Indian journal of veterinary science and animal husbandry - Volume 5,
Year: 1935
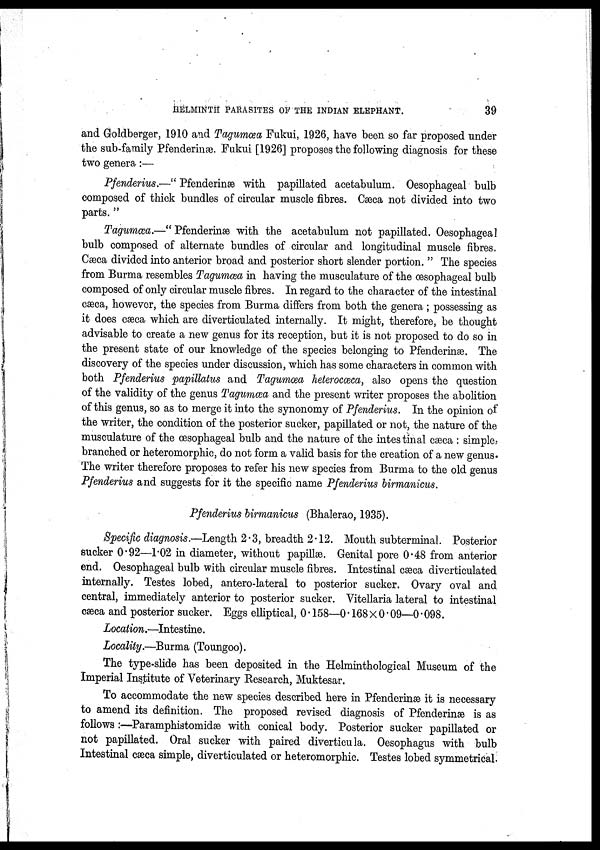
HELMINTH PARASITES OF THE INDIAN ELEPHANT.
39
and Goldberger, 1910 and Tagumœa Fukui, 1926, have been so far proposed under
the sub-family Pfenderinæ. Fukui [1926] proposes the following diagnosis for these
two genera:—
Pfenderius.—" Pfenderinæ with papillated acetabulum. Oesophageal bulb
composed of thick bundles of circular muscle fibres. Cæca not divided into two
parts. "
Tagumæa.—"Pfenderinæ with the acetabulum not papillated. Oesophageal
bulb composed of alternate bundles of circular and longitudinal muscle fibres.
Cæca divided into anterior broad and posterior short slender portion. " The species
from Burma resembles Tagumæa in having the musculature of the œsophageal bulb
composed of only circular muscle fibres. In regard to the character of the intestinal
cæca, however, the species from Burma differs from both the genera; possessing as
it does cæca which are diverticulated internally. It might, therefore, be thought
advisable to create a new genus for its reception, but it is not proposed to do so in
the present state of our knowledge of the species belonging to Pfenderinæ. The
discovery of the species under discussion, which has some characters in common with
both Pfenderius papillatus and Tagumœa heterocœca, also opens the question
of the validity of the genus Tagumœa and the present writer proposes the abolition
of this genus, so as to merge it into the synonomy of Pfenderius. In the opinion of
the writer, the condition of the posterior sucker, papillated or not, the nature of the
musculature of the œsophageal bulb and the nature of the intestinal cæca : simple,
branched or heteromorphic, do not form a valid basis for the creation of a new genus.
The writer therefore proposes to refer his new species from Burma to the old genus
Pfenderius and suggests for it the specific name Pfenderius birmanicus.
Pfenderius birmanicus (Bhalerao, 1935).
Specific diagnosis.—Length 2.3, breadth 2.12. Mouth subterminal. Posterior
sucker 0.92—1.02 in diameter, without papillae. Genital pore 0.48 from anterior
end. Oesophageal bulb with circular muscle fibres. Intestinal cæca diverticulated
internally. Testes lobed, antero-lateral to posterior sucker. Ovary oval and
central, immediately anterior to posterior sucker. Vitellaria lateral to intestinal
cæca and posterior sucker. Eggs elliptical, 0.158—0.168 × 0.09—0.098.
Location.—Intestine.
Locality.—Burma (Toungoo).
The type-slide has been deposited in the Helminthological Museum of the
Imperial Institute of Veterinary Research, Muktesar.
To accommodate the new species described here in Pfenderinæ it is necessary
to amend its definition. The proposed revised diagnosis of Pfenderinæ is as
follows :—Paramphistomidæ with conical body. Posterior sucker papillated or
not papillated. Oral sucker with paired diverticula. Oesophagus with bulb
Intestinal cæca simple, diverticulated or heteromorphic. Testes lobed symmetrical.